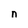
Character: n